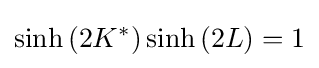
\sinh \left(2K^{*}\right)\sinh \left(2L\right)=1